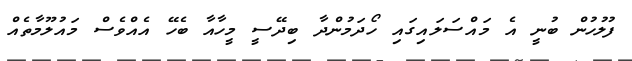
ފުލުހުން ބުނީ އެ މައްސަލައިގައި ހޯދަމުންދާ ބިދޭސީ މީހާއާ ބެހޭ އެއްވެސް މައުލޫމާތެއް